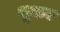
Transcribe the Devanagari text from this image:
धूकर